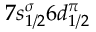
7 s _ { 1 / 2 } ^ { \sigma } 6 d _ { 1 / 2 } ^ { \pi }